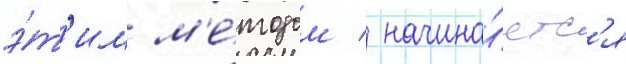
э́т'им м'е́тодом / начина́етс'я